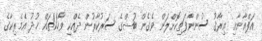
އަފްޣާނާއި ޢިރާޤު ސުންނާފަތިކޮށްލަން ވެގެން ބުޝްގެ ސަރުކާރުން ދެއްކި ވާހަކަތައް ޚުދު އެމެރިކާގެ